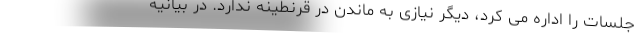
جلسات را اداره می کرد، دیگر نیازی به ماندن در قرنطینه ندارد. در بیانیه